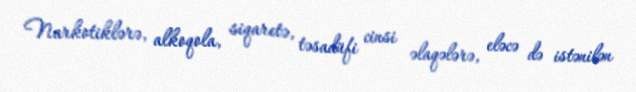
Narkotiklərə, alkoqola, siqaretə, təsadüfi cinsi əlaqələrə, eləcə də istənilən